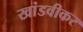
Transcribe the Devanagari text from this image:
खांडवीकर